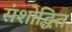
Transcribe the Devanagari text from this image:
संशोद्धित